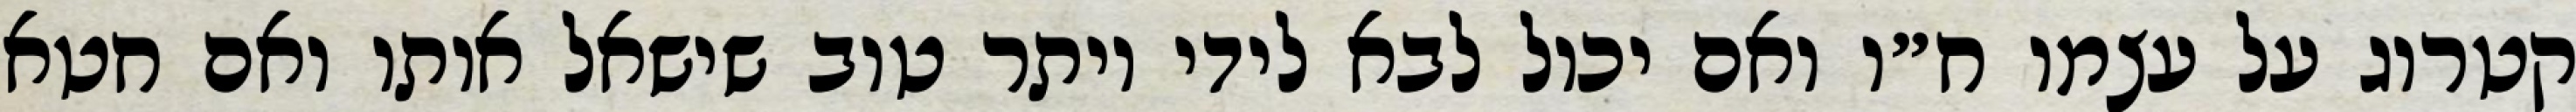
קטרוג על עצמו ח״ו ואם יכול לבא לידי יותר טוב שישאל אותו ואם חטא